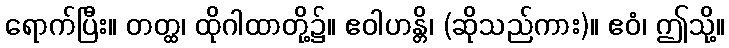
ရောက်ပြီး။ တတ္ထ၊ ထိုဂါထာတို့၌။ ဧဝါဟန္တိ၊ (ဆိုသည်ကား)။ ဧဝံ၊ ဤသို့။